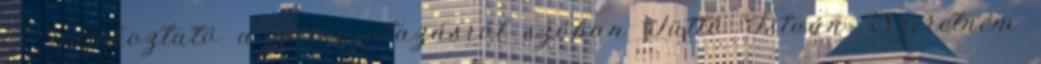
7. Tájékoztató a saloi utazásról szóban Tüttő István: Szeretném